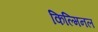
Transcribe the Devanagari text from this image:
किल्मिनल